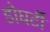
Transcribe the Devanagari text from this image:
डोघर्टी